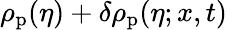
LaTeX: \rho_{\mathrm{p}}(\eta)+\delta\rho_{\mathrm{p}}(\eta;x,t)